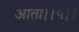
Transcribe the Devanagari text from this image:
आता।।५।।